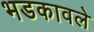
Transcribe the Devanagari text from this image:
भडकावले